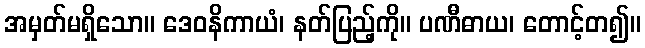
အမှတ်မရှိသော။ ဒေဝနိကာယံ၊ နတ်ပြည့်ကို။ ပဏီဓာယ၊ တောင့်တ၍။